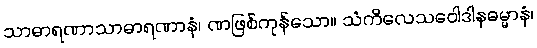
သာဓာရဏာသာဓာရဏာနံ၊ ဏဖြစ်ကုန်သော။ သံကိလေသဝေါဒါနဓမ္မာနံ၊